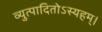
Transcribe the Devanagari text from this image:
व्युत्पादितोऽस्यहम्‌।